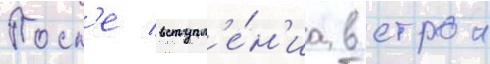
Посл'е вступл'е́н'иа в строи